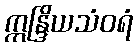
ဣန္ဒြိယသံဝရံ